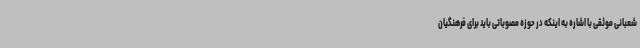
شعبانی موثقی با اشاره به اینکه در حوزه مصوباتی باید برای فرهنگیان